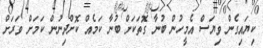
ކިޔައިގެން ވިޔަސް އެމީހުން ބުނާ ގޮތަކަށް ބުނާ ކަމެއް ކޮށްދިނުން ކަމަށް ވަރަށް